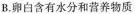
B.卵白含有水分和营养物质